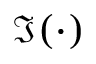
\Im ( \cdot )